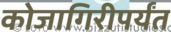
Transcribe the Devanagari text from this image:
कोजागिरीपर्यंत